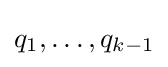
q_{1},\dots ,q_{k-1}